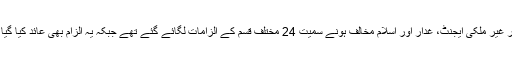
تفصیلات کے مطابق اے آروائے نیوز کی جانب سے جنگ ، جیو گروپ پر غیر ملکی ایجنٹ، غدار اور اسلام مخالف ہونے سمیت 24 مختلف قسم کے الزامات لگائے گئے تھے جبکہ یہ الزام بھی عائد کیا گیا تھا کہ انہوں نے اے آروائے نیوز کو 30 لاکھ پاؤنڈ کا نقصان پہنچایا ہے۔